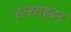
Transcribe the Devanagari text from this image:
इन्साइडर